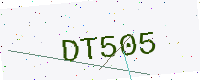
Text: DT505